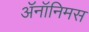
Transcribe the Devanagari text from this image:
ॲनॉनिमस